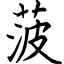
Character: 菠